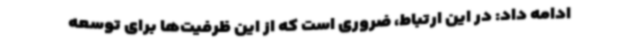
ادامه داد: در این ارتباط، ضروری است که از این ظرفیت‌ها برای توسعه